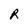
Character: R